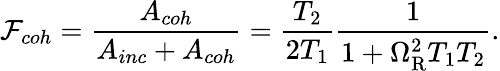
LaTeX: \mathcal{F}_{coh}=\frac{A_{coh}}{A_{inc}+A_{coh}}=\frac{T_{2}}{2T_{1}}\frac{1}{1+\Omega_{\mathrm{R}}^{2}T_{1}T_{2}}.